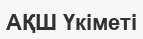
АҚШ Үкіметі